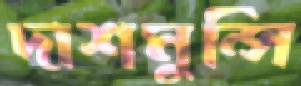
দাশমুন্সি